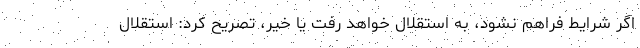
اگر شرایط فراهم نشود، به استقلال خواهد رفت یا خیر، تصریح کرد: استقلال